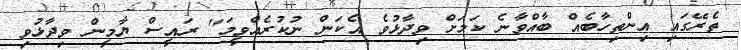
ތެރޭގައި އިންތިހާބެއް ބާއްވާނެ ކަމަށް ވިދާޅުވެ އެކަން ނުކުރެއްވީމަ" ރައީސް ޔާމީން ވިދާޅުވި